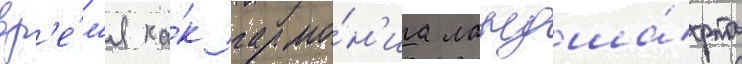
вр'е́м'я ка́к гармо́н'иа ландша́фта